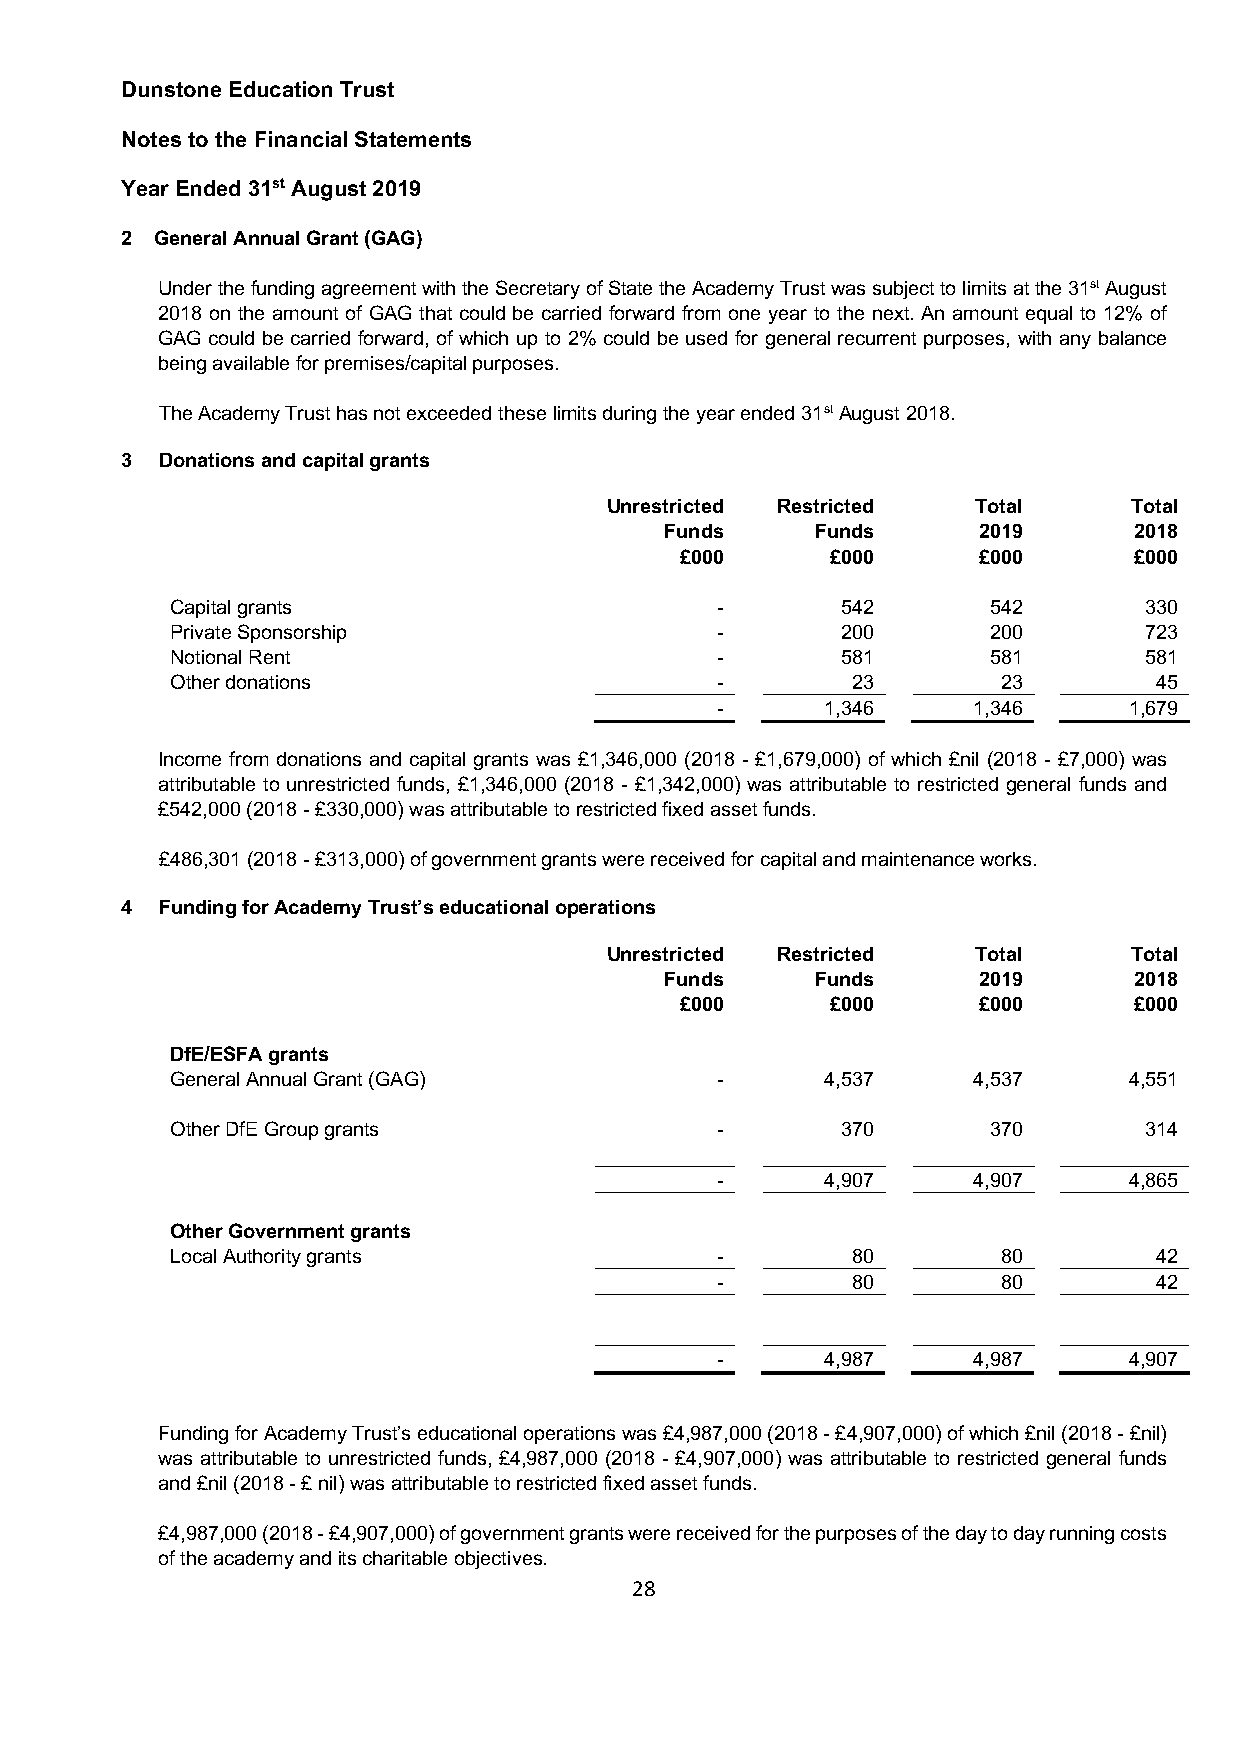
Dunstone Education Trust
 Notes to the Financial Statements
 Year Ended 31st August 2019
 2 General Annual Grant (GAG)
 Under the funding agreement with the Secretary of State the Academy Trust was subject to limits at the 31st August
 2018 on the amount of GAG that could be carried forward from one year to the next. An amount equal to 12% of
 GAG could be carried forward, of which up to 2% could be used for general recurrent purposes, with any balance
 being available for premises/capital purposes.
 The Academy Trust has not exceeded these limits during the year ended 31st August 2018.
 3 Donations and capital grants
 Unrestricted Restricted  Total     Total
 Funds     Funds      2019      2018
 £000      £000      £000      £000
 Capital grants                      -        542      542        330
 Private Sponsorship                 -        200      200        723
 Notional Rent                       -        581      581        581
 Other donations                     -        23        23         45
 -       1,346    1,346      1,679
 Income from donations and capital grants was £1,346,000 (2018 - £1,679,000) of which £nil (2018 - £7,000) was
 attributable to unrestricted funds, £1,346,000 (2018 - £1,342,000) was attributable to restricted general funds and
 £542,000 (2018 - £330,000) was attributable to restricted fixed asset funds.
 £486,301 (2018 - £313,000) of government grants were received for capital and maintenance works.
 4 Funding for Academy Trust’s educational operations
 Unrestricted Restricted  Total     Total
 Funds     Funds      2019      2018
 £000      £000      £000      £000
 DfE/ESFA grants
 General Annual Grant (GAG)          -       4,537    4,537      4,551
 Other DfE Group grants              -        370      370        314
 -       4,907    4,907      4,865
 Other Government grants
 Local Authority grants              -        80        80         42
 -        80        80         42
 -       4,987    4,987      4,907
 Funding for Academy Trust’s educational operations was £4,987,000 (2018 - £4,907,000) of which £nil (2018 - £nil)
 was attributable to unrestricted funds, £4,987,000 (2018 - £4,907,000) was attributable to restricted general funds
 and £nil (2018 - £ nil) was attributable to restricted fixed asset funds.
 £4,987,000 (2018 - £4,907,000) of government grants were received for the purposes of the day to day running costs
 of the academy and its charitable objectives.
 28